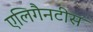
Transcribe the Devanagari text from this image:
एलिगैनटीस